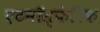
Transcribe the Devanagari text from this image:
एटमॉस्फेरिक